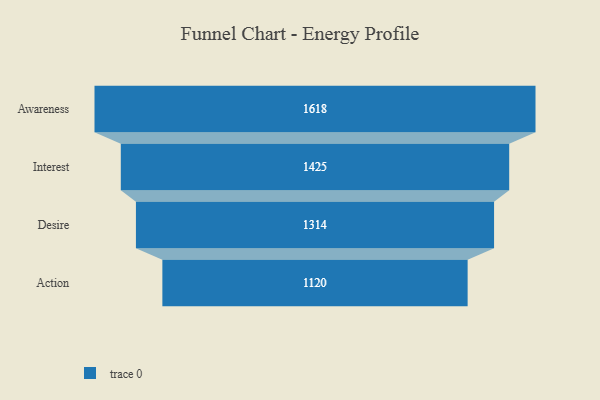
{"axis": {"x": "Stage", "y": "Value"}, "legend": [""], "data": [{"x": "Awareness", "y": 1618.0, "type": ""}, {"x": "Interest", "y": 1425.0, "type": ""}, {"x": "Desire", "y": 1314.0, "type": ""}, {"x": "Action", "y": 1120.0, "type": ""}]}